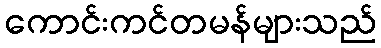
ကောင်းကင်တမန်များသည်